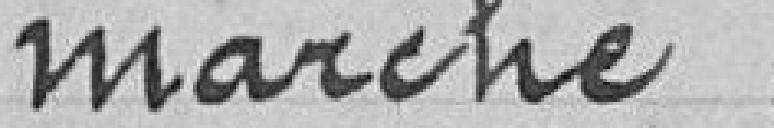
marché.